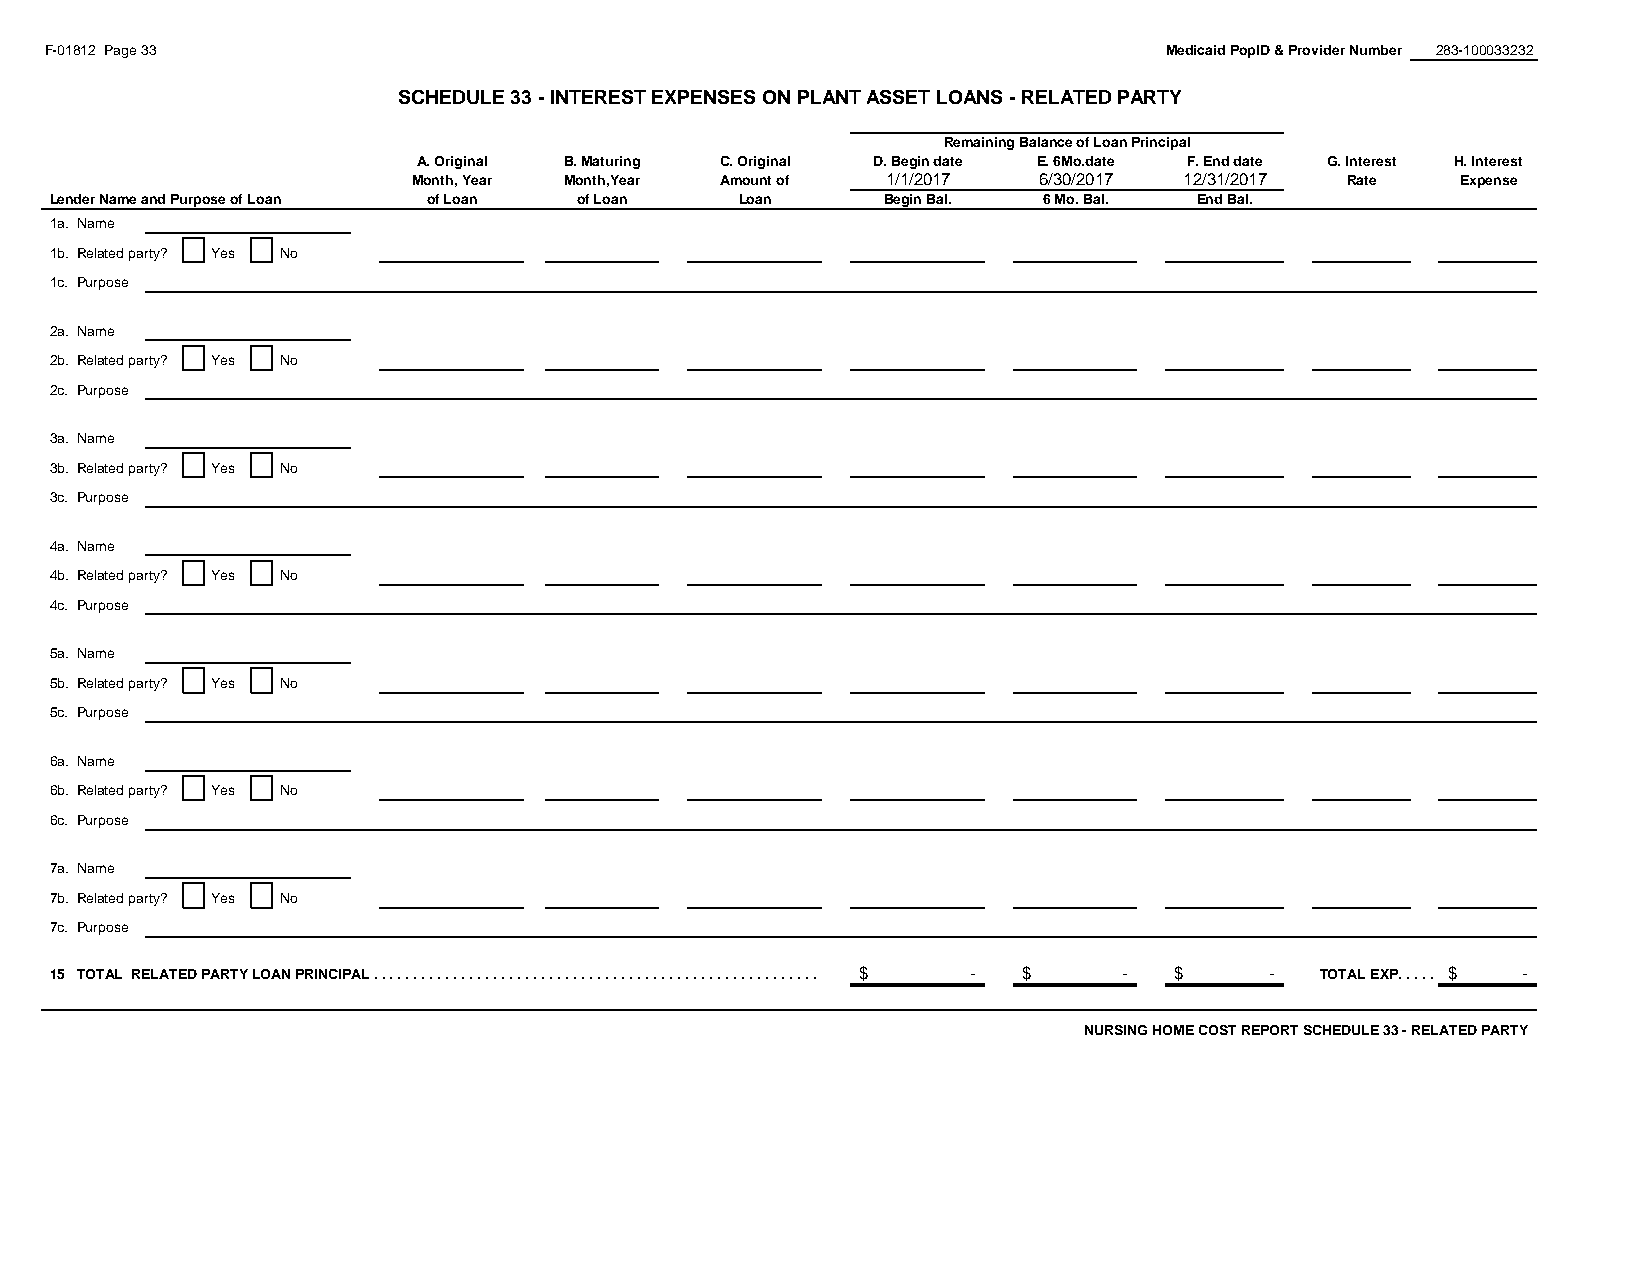
F-01812 Page 33                                                           Medicaid PopID & Provider Number 283-100033232
 SCHEDULE 33 - INTEREST EXPENSES ON PLANT ASSET LOANS - RELATED PARTY
 #REF!
 Remaining Balance of Loan Principal
 A. Original B. Maturing C. Original D. Begin date E. 6Mo.date F. End date G. Interest H. Interest
 Month, Year Month,Year Amount of 1/1/2017 6/30/2017 12/31/2017 Rate   Expense
 Lender Name and Purpose of Loan of Loan of Loan Loan   Begin Bal. 6 Mo. Bal. End Bal.
 1a. Name
 1b. Related party? Yes No
 1c. Purpose
 2a. Name
 2b. Related party? Yes No
 2c. Purpose
 3a. Name
 3b. Related party? Yes No
 3c. Purpose
 4a. Name
 4b. Related party? Yes No
 4c. Purpose
 5a. Name
 5b. Related party? Yes No
 5c. Purpose
 6a. Name
 6b. Related party? Yes No
 6c. Purpose
 7a. Name
 7b. Related party? Yes No
 7c. Purpose
 15 TOTAL RELATED PARTY LOAN PRINCIPAL . . . . . . . . . . . . . . . . . . . . . . . . . . . . . . . . . . . . . . . . . . . . . . . . . . . . . . . . . . . . . $. . . . . . . . - $ - $ - TOTAL EXP. . . . . $ -
 NURSING HOME COST REPORT SCHEDULE 33 - RELATED PARTY